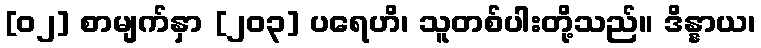
[၀၂] စာမျက်နှာ [၂၀၃] ပရေဟိ၊ သူတစ်ပါးတို့သည်။ ဒိန္နာယ၊